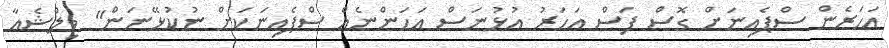
އަހަރެން ސްޕެއިނަށް ގޮސް ފަސް އަހަރު އުޅުނަސް އަހަންނެއް ސްޕެއިނަކަށް ނުކުޅޭނަން" ވިލްޝެއާ